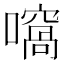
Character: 𡁮